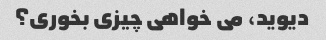
دیوید، می خواهی چیزی بخوری؟